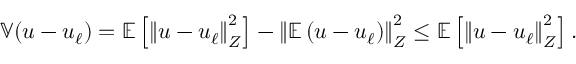
\mathbb { V } ( u - u _ { \ell } ) = \mathbb { E } \left[ \left\Vert u - u _ { \ell } \right\Vert _ { Z } ^ { 2 } \right] - \left\Vert \mathbb { E } \left( u - u _ { \ell } \right) \right\Vert _ { Z } ^ { 2 } \le \mathbb { E } \left[ \left\Vert u - u _ { \ell } \right\Vert _ { Z } ^ { 2 } \right] .